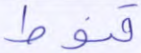
قنوط